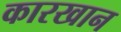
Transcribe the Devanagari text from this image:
कारखान